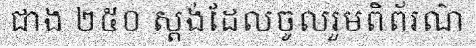
ជាង ២៥០ ស្តង់ដែលចូលរួមពិព័រណ៌